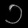
Digit: ၁